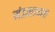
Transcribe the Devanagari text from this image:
मंडलाध्यक्ष